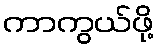
ကာကွယ်ဖို့